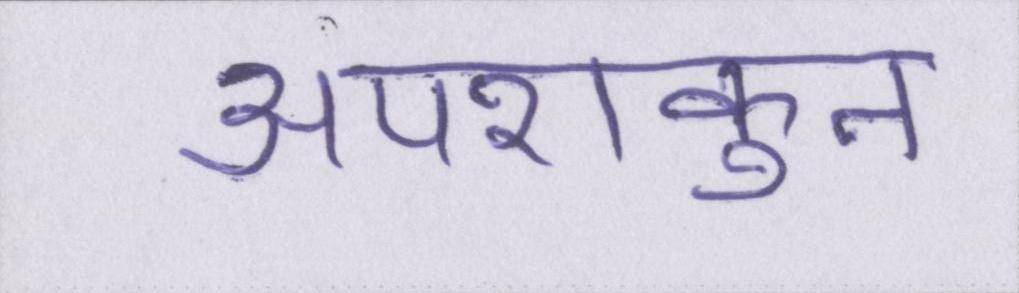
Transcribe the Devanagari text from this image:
अपशकुन